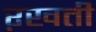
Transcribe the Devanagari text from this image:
ऱखती